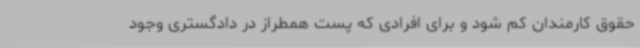
حقوق کارمندان کم شود و برای افرادی که پست همطراز در دادگستری وجود